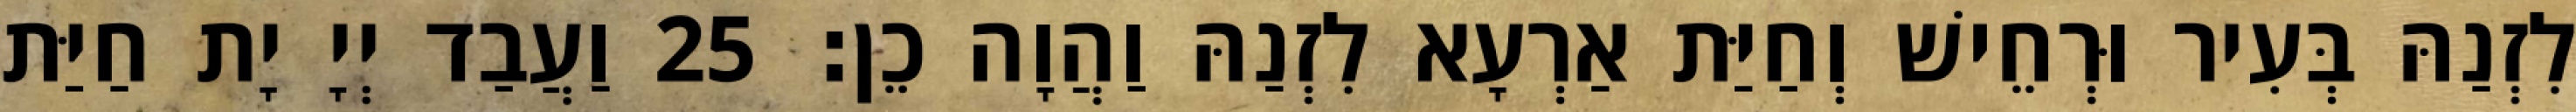
לִזְנַהּ בְּעִיר וּרְחֵישׁ וְחַיַּת אַרְעָא לִזְנַהּ וַהֲוָה כֵן׃ 25 וַעֲבַד יְיָ יָת חַיַּת